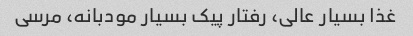
غذا بسیار عالی، رفتار پیک بسیار مودبانه، مرسی